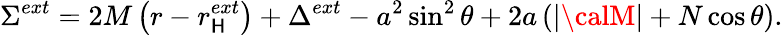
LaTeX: \Sigma^{ext}=2M\left(r-r_{\mathsf{H}}^{ext}\right)+\Delta^{ext}-a^{2}\sin^{2}\theta+2a\left(|{\calM}|+N\cos\theta\right).